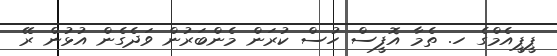
ޕީޕީއެމްގެ ހ. ތެމާ އޮފީސް ހުސް ކުރަން މެންބަރުން ވަދެގެން އުޅުން ރޭ